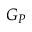
G _ { P }